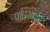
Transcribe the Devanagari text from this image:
पांडजाईचे